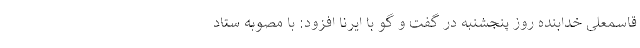
قاسمعلی خدابنده روز پنجشنبه در گفت و گو با ایرنا افزود: با مصوبه ستاد